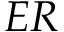
E R